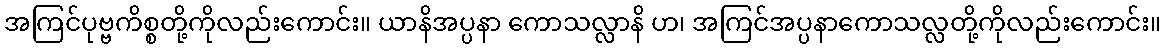
အကြင်ပုဗ္ဗကိစ္စတို့ကိုလည်းကောင်း။ ယာနိအပ္ပနာ ကောသလ္လာနိ ဟ၊ အကြင်အပ္ပနာကောသလ္လတို့ကိုလည်းကောင်း။